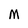
Character: M